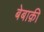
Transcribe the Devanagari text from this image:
बेबाक़ी